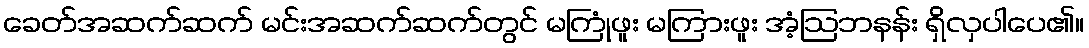
ခေတ်အဆက်ဆက် မင်းအဆက်ဆက်တွင် မကြုံဖူး မကြားဖူး အံ့ဩဘနန်း ရှိလှပါပေ၏။